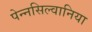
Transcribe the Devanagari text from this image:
पेन्नसिल्वानिया